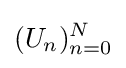
(U_{n})_{n=0}^{N}